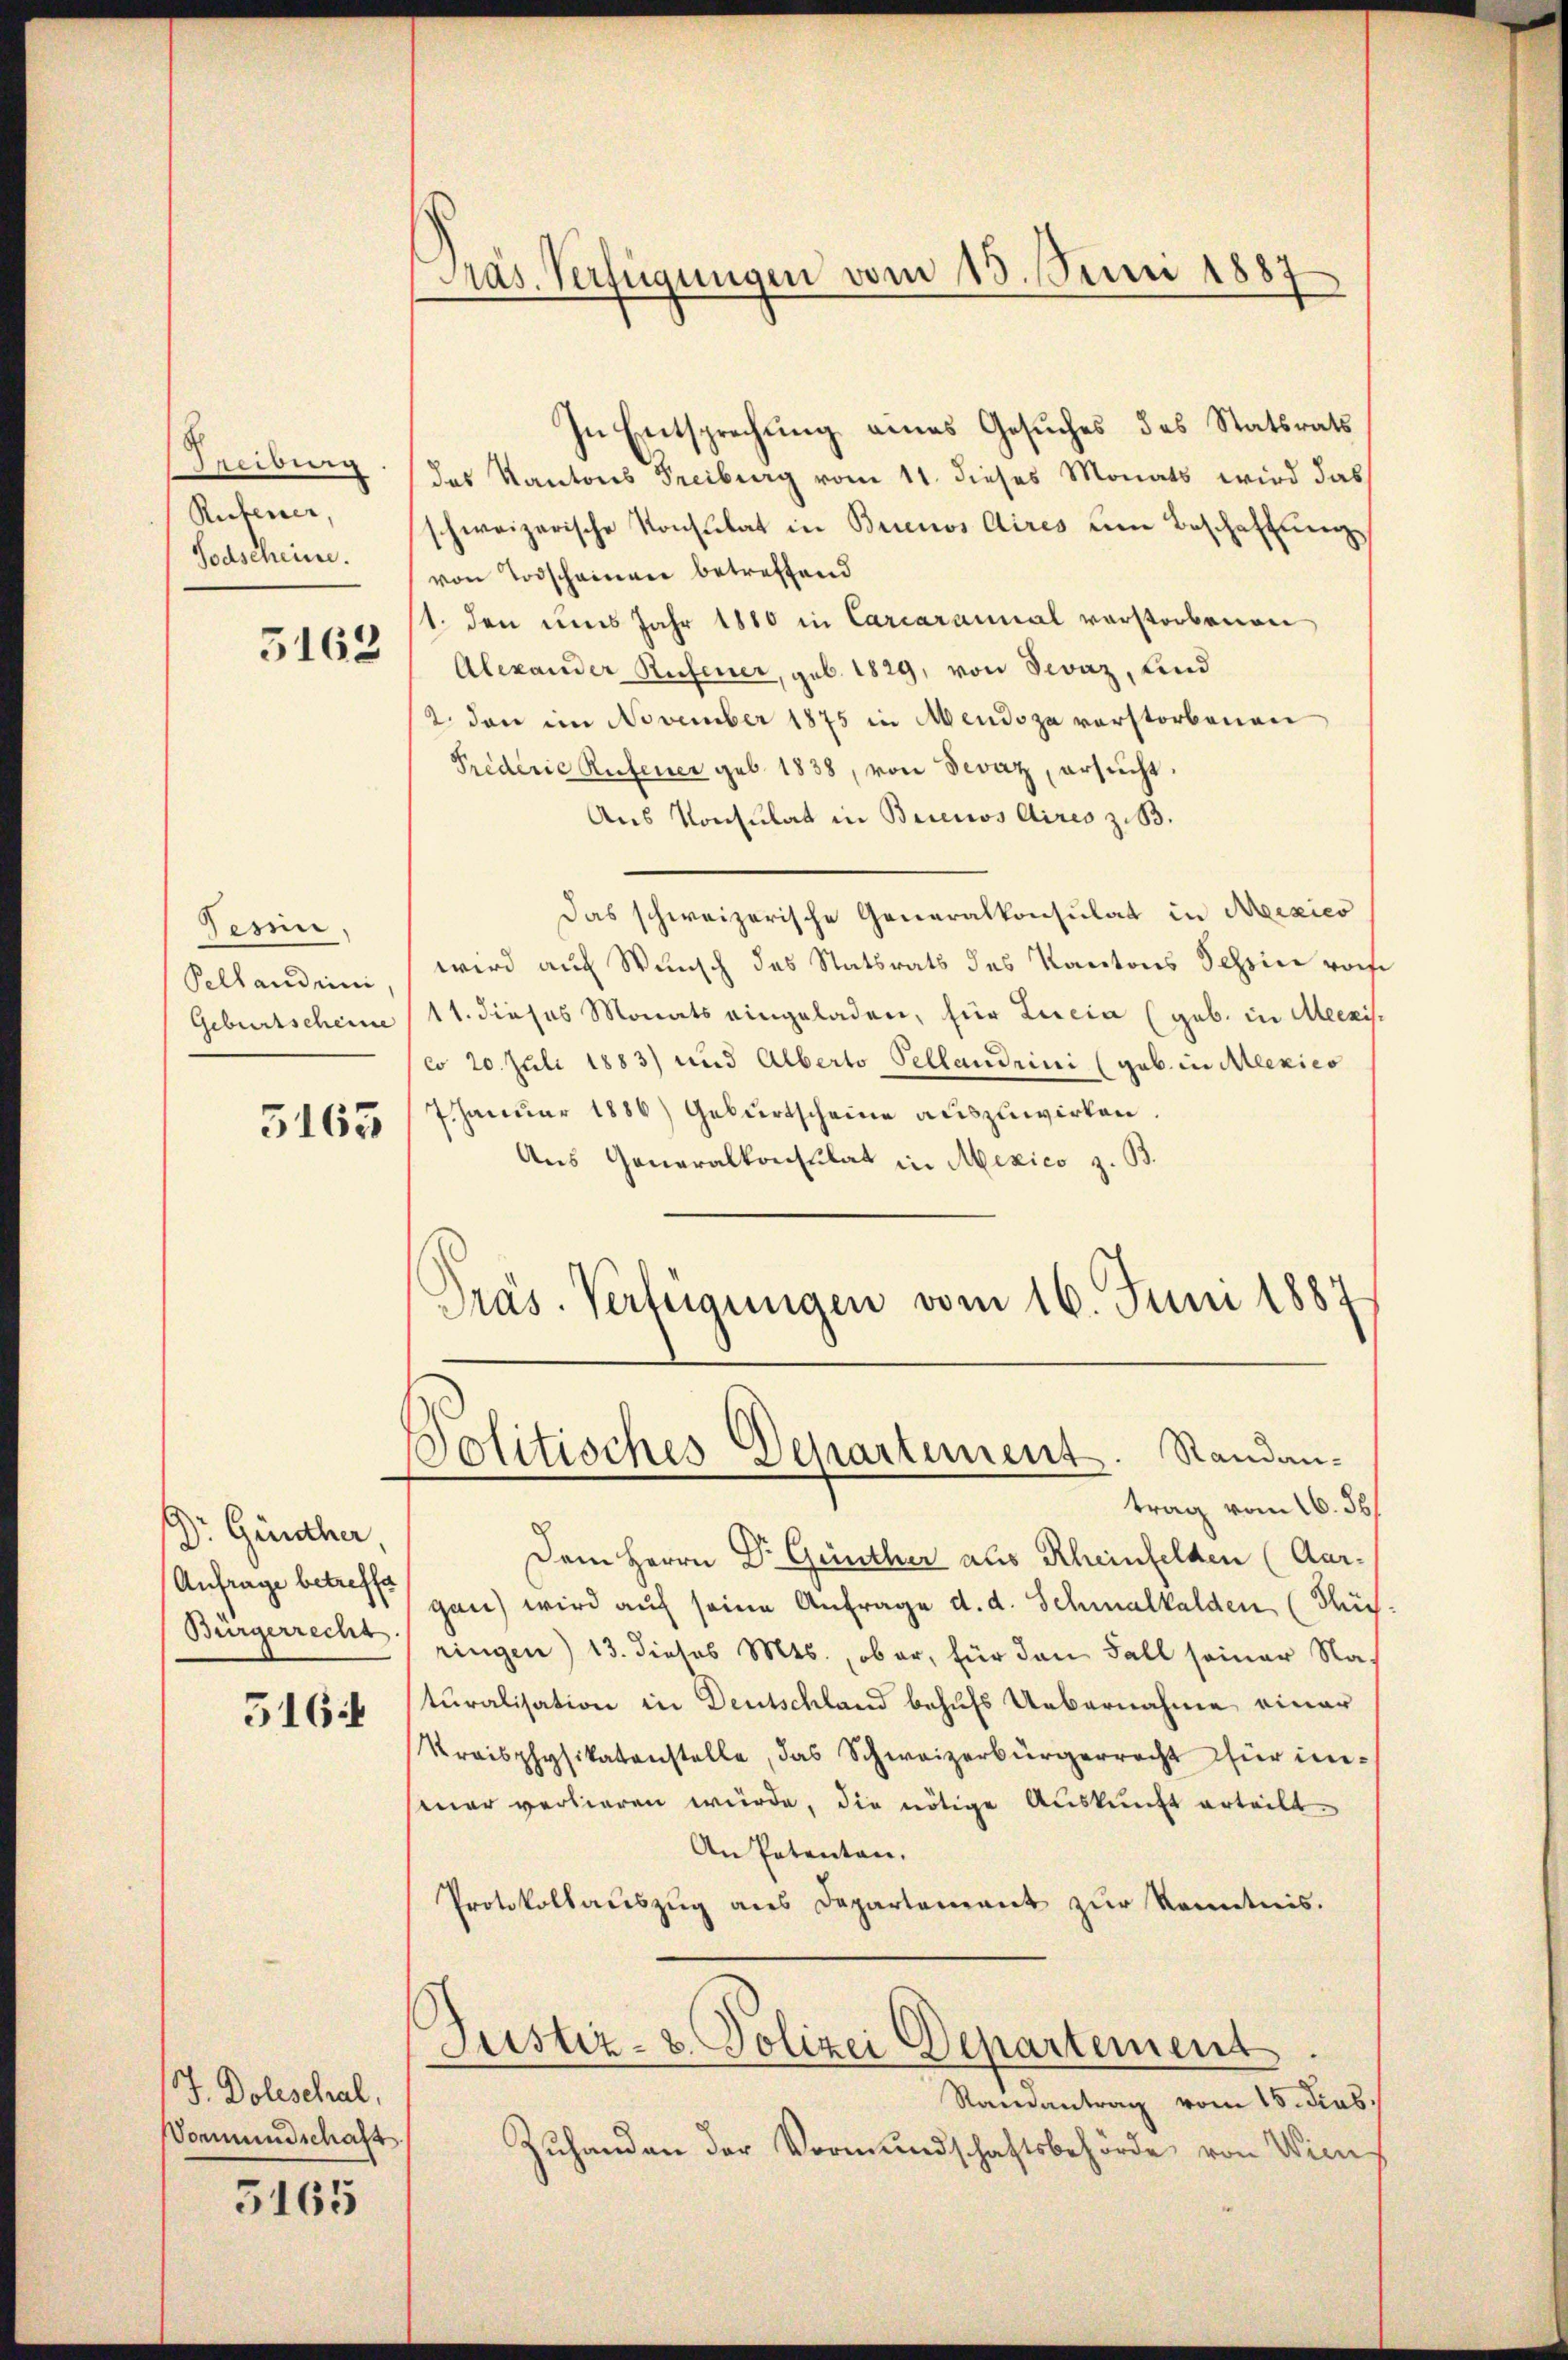
Treiburg.
Rufener,
Todscheine.
5162

Pesin,
Pellandrini

5165

Dr. Günther,
Anfrage betreffe
Bürgerrecht.
516:

J. Doleschal,
Vormundschaft

5165

Präs. Verfügungen vom 13. Juni 1887

In Entsprechung eines Gesuches des Statsrats
das Kantons Freiburg vom 11. dieses Monats wird das
schweizerische Konsulat in Buenos Aires um Beschaftung
von Todscheiner betreffend
1. den uns Jahr 1880 in Carcaraunal verstorbenen
Alexander Rufener, geb. 1829, von Sevaz, und
2. den im November 1875 in Mendoza verstorbenen
Priderie Rufener geb. 1838, von Fevaz, ersucht.
Aus Konsulat in Buenos Aires z. B.
Das schweizerische Generalkonsulat in Mexico
wird auch Wunsch des Statsrats des Kantons Scheine roche
Geburtscheine (11. dieses Monats eingeladen, für Lucia (geb. in Meenisco 20. Juli 1883) und Alberto Pellandrini (geb. in Mexico
7. Januar 1886) Geburtscheine auszuwirken.
Aus Generalkonsulat in Mexico z. B.
Präs. Verfügungen vom 16. Juni 1887
Politisches Departement. Randantrag vom 16. 56.
Dem Herrn Dr. Günther als Rheinfelden (Aargan) wird auf seine Anfrage d. d. Schmalkalden, (Thus.
ringen) 13. dieses Mts., ob er, für den Fall seiner Nach
sturalisation in Deutschland behufs Uebernahme einer
Kreisphysikatenstelle, das Schweizerbürgerrecht für imsener verlieren würde, die nötige Auskunft erteilt.
An Patenten.
Protokollauszug aus Departement zur Kenntnis.
Justiz- & Polizei Departement
Ramantrag vom 15. dies
Zŭhanden der Vormŭndschaftsbehörde von Wien